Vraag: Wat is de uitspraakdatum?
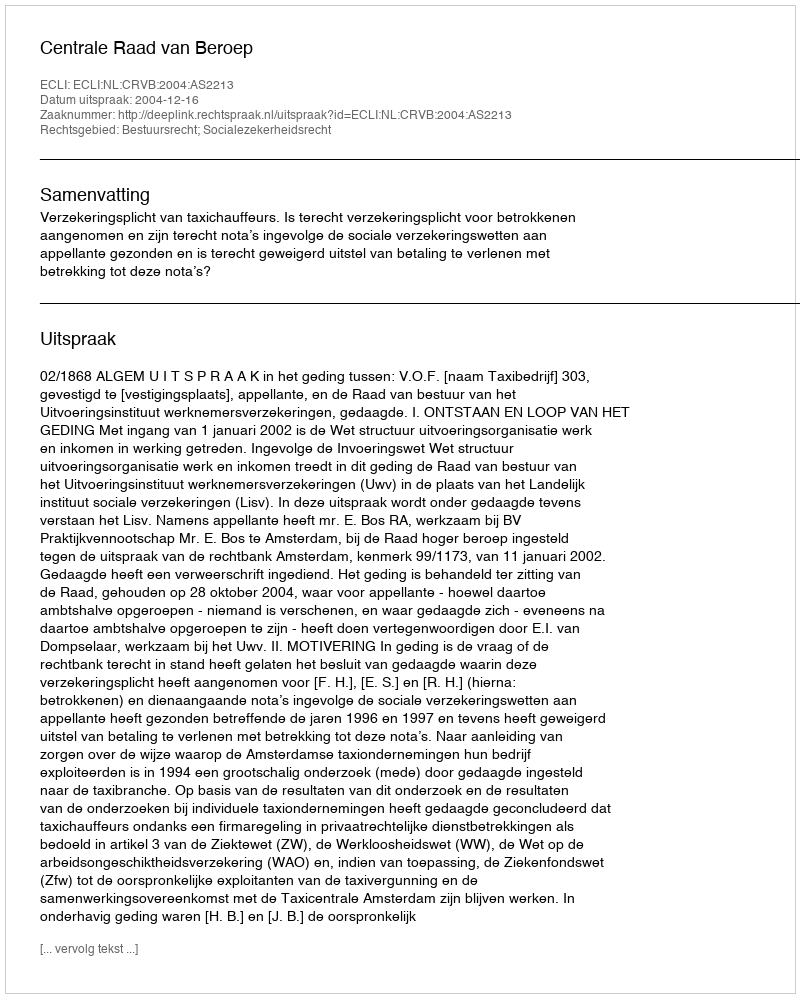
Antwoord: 2004-12-16